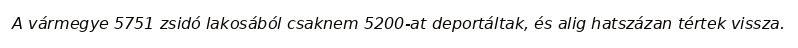
A vármegye 5751 zsidó lakosából csaknem 5200-at deportáltak, és alig hatszázan tértek vissza.